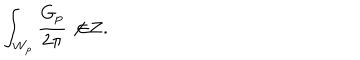
\int _ { W _ { p } } { \frac { G _ { p } } { 2 \pi } } \not { \in } { \bf Z } .